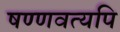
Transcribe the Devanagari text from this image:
षण्णवत्यपि